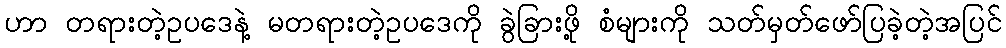
ဟာ တရားတဲ့ဥပဒေနဲ့ မတရားတဲ့ဥပဒေကို ခွဲခြားဖို့ စံများကို သတ်မှတ်ဖော်ပြခဲ့တဲ့အပြင်